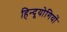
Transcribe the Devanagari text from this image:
हिन्दूयोगियों